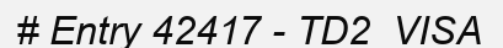
# Entry 42417 - TD2_VISA